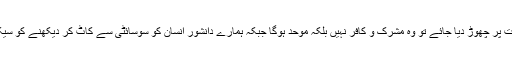
مذکورہ نصوص کی شرح میں بہت سے شارحین نے لکھا ہے کہ اگر آدمی کو اس کی اصلی حالت پر چھوڑ دیا جائے تو وہ مشرک و کافر نہیں بلکہ موحد ہوگا جبکہ ہمارے دانشور انسان کو سوسائٹی سے کاٹ کر دیکھنے کو سیکولر مفکرین کی ’’لامتصور شے کو متصور کرنے کی لاحاصل کوشش‘‘ سے تعبیر کرتے ہیں۔